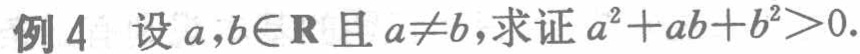
例4 设\(a,b\in\mathbb{R}\)且\(a\neq b\)，求证\(a^{2}+ab + b^{2}>0\)。